Report on enteric fever
Disease focus: Fever
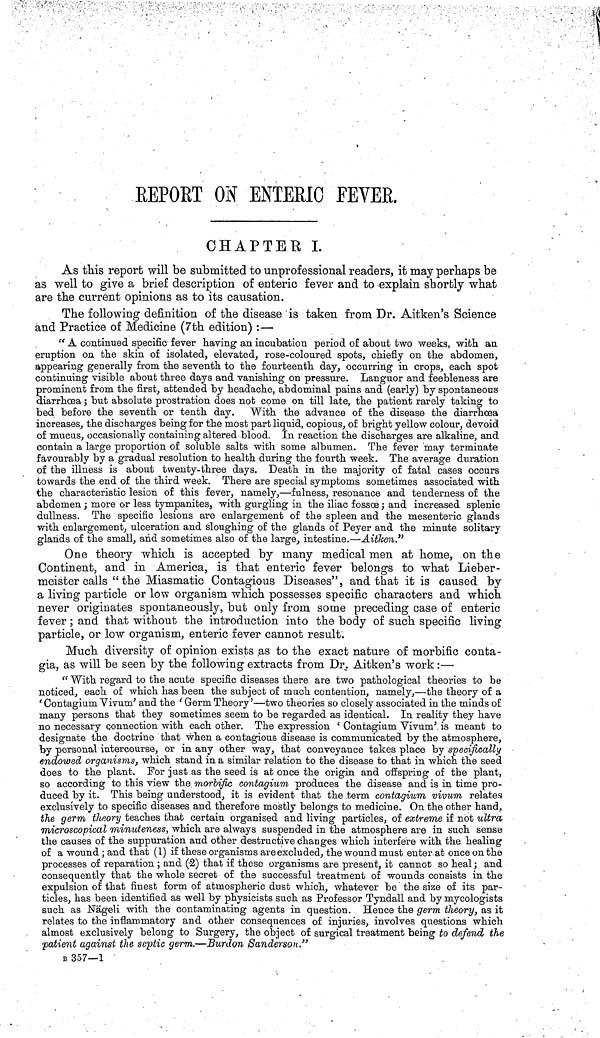
REPORT ON ENTERIC FEVER.
CHAPTER I.
As this report will be submitted to unprofessional readers, it may perhaps be
as well to give a brief description of enteric fever and to explain shortly what
are the current opinions as to its causation.
The following definition of the disease is taken from Dr. Aitken's Science
and Practice of Medicine (7th edition) :—
" A continued specific fever having an incubation period of about two weeks, with an
eruption on the skin of isolated, elevated, rose-coloured spots, chiefly on the abdomen,
appearing generally from the seventh to the fourteenth day, occurring in crops, each spot
continuing visible about three days and vanishing on pressure. Languor and feebleness are
prominent from the first, attended "by headache, abdominal pains and (early) by spontaneous
diarrhoea; but absolute prostration does not come on till late, the patient rarely taking to
bed before the seventh or tenth day. "With the advance of the disease the diarrhœa
increases, the discharges being for the most part liquid, copious, of bright yellow colour, devoid
of mucus, occasionally containing altered blood. In, reaction the discharges are alkaline, and
contain a large proportion of soluble salts with some albumen. The fever may terminate
favourably by a gradual resolution to health during the fourth week. The average duration
of the illness is about twenty-three days. Death in the majority of fatal cases occurs
towards the end of the third week. There are special symptoms sometimes associated with
the characteristic lesion of this fever, namely,—fulness, resonance and tenderness of the
abdomen; more or less tympanites, with gurgling in the iliac fossœ; and increased splenic
dullness. The specific lesions are enlargement of the spleen and the mesenteric glands
with enlargement, ulceration and sloughing of the glands of Peyer and the minute solitary
glands of the small, and sometimes also of the large, intestine.—Aitken."
One theory which is accepted by many medical men at home, on the
Continent, and in America, is that enteric fever belongs to what Lieber-
meister calls "the Miasmatic Contagious Diseases", and that it is caused by
a living particle or low organism which possesses specific characters and which
never originates spontaneously, but only from some preceding case of enteric
fever; and that without the introduction into the body of such specific living
particle, or low organism, enteric fever cannot result.
Much diversity of opinion exists as to the exact nature of morbific conta-
gia, as will be seen by the following extracts from Dr. Aitken's work:—
" With regard to the acute specific diseases there are two pathological theories to be
noticed, each of which has been the subject of much contention, namely,—the theory of a
' Contagium Yivum ; and the ' Germ Theory'—two theories so closely associated in the minds of
many persons that they sometimes seem to be regarded as identical. In reality they have
no necessary connection with each other. The expression ' Contagium Vivum'. is meant to
designate the doctrine that when a contagious disease is communicated by the atmosphere,
by personal intercourse, or in any other way, that conveyance takes place by specifically
endowed organisms, which stand in a similar relation to the disease to that in which the seed
does to the plant. For just as the seed is at once the origin and offspring of the plant,
so according to this view the. morbific contagium produces the disease and is in time pro-
duced by it. This being understood, it is evident that the term contagium vivum relates
exclusively to specific diseases and therefore mostly belongs to medicine. On the other hand,
the germ theory teaches that certain organised and living particles, of extreme if not ultra
microscopical minuteness, which are always suspended in the atmosphere are in such sense
the causes of the suppuration and other destructive changes which interfere with the healing
of a wound ; and that (1) if these organisms are excluded, the wound must enter.at once on the
processes of reparation ; and (2) that if these organisms are present, it cannot so heal ; and
consequently that the whole secret of the successful treatment of wounds consists in the
expulsion of that finest form of atmospheric dust which, whatever be the size of its par-
ticles, has been identified as well by physicists such as Professor Tyndall and by mycologists
such as Nageli with the contaminating agents in question. Hence the germ theory, as it
relates to the inflammatory and other consequences of injuries, involves questions which
almost exclusively belong to Surgery, the object of surgical treatment being to defend the
patient against the septic germ.—Burdon Sanderson."
B 357—1